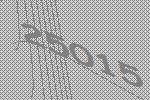
25015